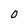
Character: 0